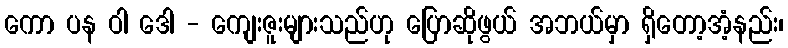
ကော ပန ဝါ ဒေါ - ကျေးဇူးများသည်ဟု ပြောဆိုဖွယ် အဘယ်မှာ ရှိတော့အံ့နည်း၊